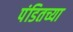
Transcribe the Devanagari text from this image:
पंडितच्या